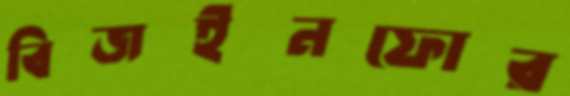
বিজইনফোর